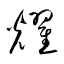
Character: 耀